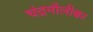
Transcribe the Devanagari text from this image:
चंद्रमौलीश्वर